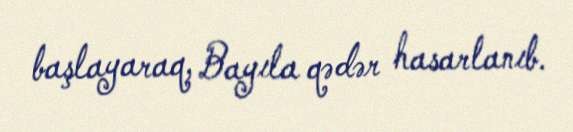
başlayaraq, Bayıla qədər hasarlanıb.